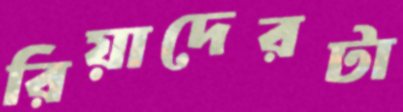
রিয়াদেরটা